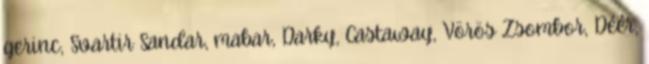
gerinc, Svartir Sandar, mabar, Darky, Castaway, Vörös Zsombor, Déér,